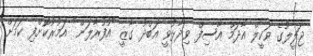
ޖަލީލުގެ ވަކީލް އާދަމް އާސިފް ވިދާޅުވީ އަބްދު ގާޒީ "އުފުރާލަން" އަމުރުކޮށްފި ކަމަށް